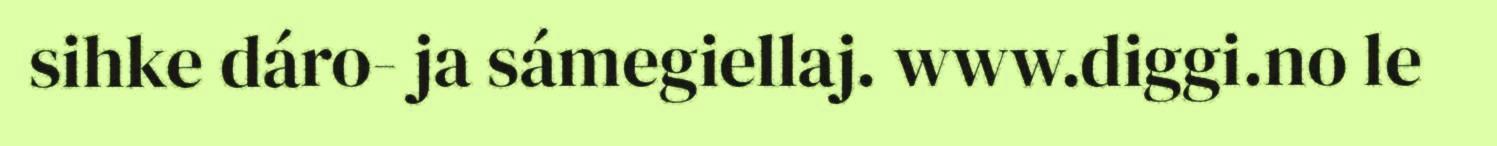
sihke dáro- ja sámegiellaj. www.diggi.no le